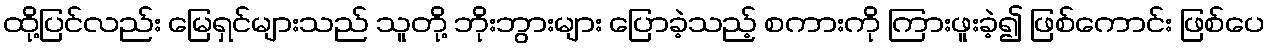
ထို့ပြင်လည်း မြေရှင်များသည် သူတို့ ဘိုးဘွားများ ပြောခဲ့သည့် စကားကို ကြားဖူးခဲ့၍ ဖြစ်ကောင်း ဖြစ်ပေ